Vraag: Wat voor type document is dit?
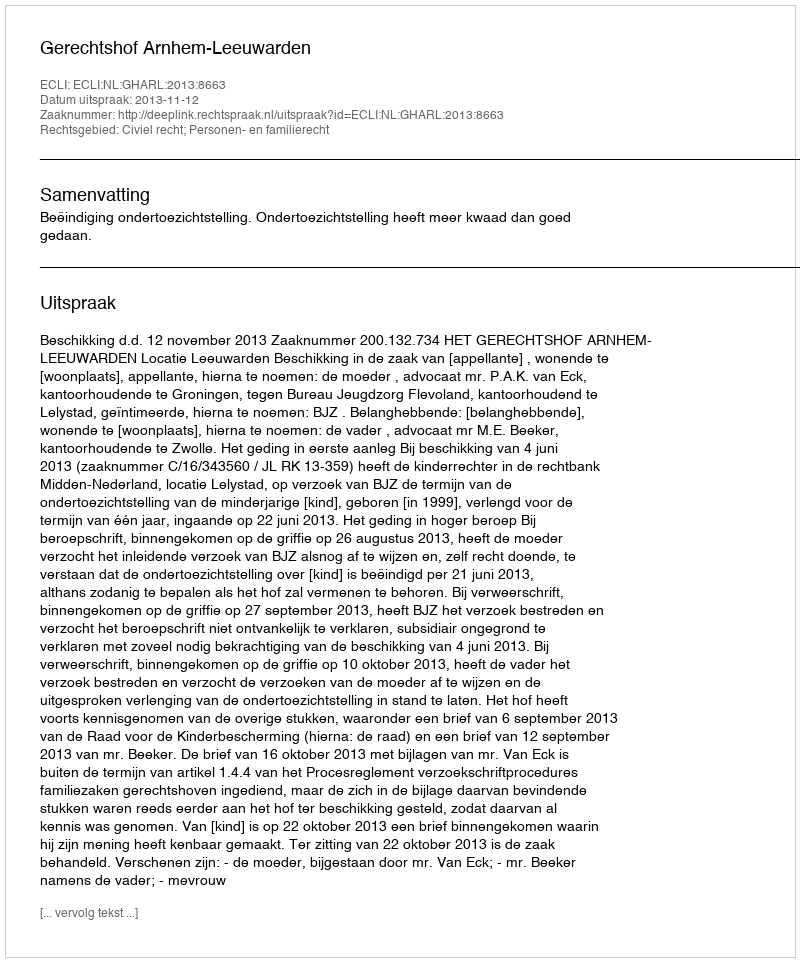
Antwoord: Uitspraak